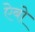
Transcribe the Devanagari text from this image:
ऐबो